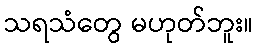
သရသံတွေ မဟုတ်ဘူး။